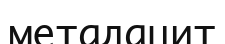
метадацит